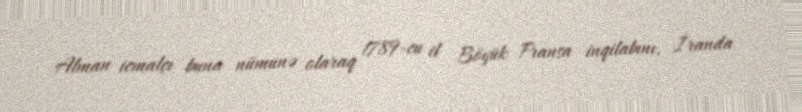
Alman icmalçı buna nümunə olaraq 1789-cu il Böyük Fransa inqilabını, İranda